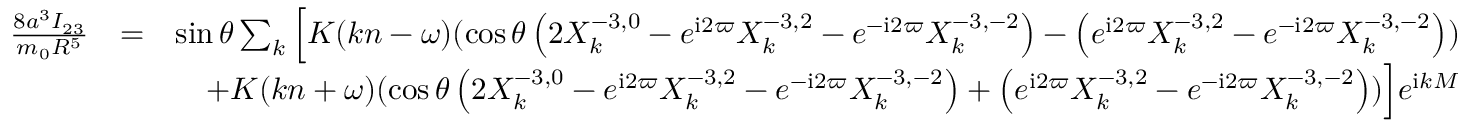
\begin{array} { r l r } { \frac { 8 a ^ { 3 } I _ { 2 3 } } { m _ { 0 } R ^ { 5 } } } & { = } & { \sin \theta \sum _ { k } \Big [ K ( k n - \omega ) ( \cos \theta \left( 2 X _ { k } ^ { - 3 , 0 } - e ^ { \mathrm { i } 2 \varpi } X _ { k } ^ { - 3 , 2 } - e ^ { - \mathrm { i } 2 \varpi } X _ { k } ^ { - 3 , - 2 } \right) - \left( e ^ { \mathrm { i } 2 \varpi } X _ { k } ^ { - 3 , 2 } - e ^ { - \mathrm { i } 2 \varpi } X _ { k } ^ { - 3 , - 2 } \right) ) } \\ & { } & { + K ( k n + \omega ) ( \cos \theta \left( 2 X _ { k } ^ { - 3 , 0 } - e ^ { \mathrm { i } 2 \varpi } X _ { k } ^ { - 3 , 2 } - e ^ { - \mathrm { i } 2 \varpi } X _ { k } ^ { - 3 , - 2 } \right) + \left( e ^ { \mathrm { i } 2 \varpi } X _ { k } ^ { - 3 , 2 } - e ^ { - \mathrm { i } 2 \varpi } X _ { k } ^ { - 3 , - 2 } \right) ) \Big ] e ^ { \mathrm { i } k M } } \end{array}